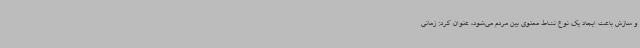
و سازش باعث ایجاد یک نوع نشاط معنوی بین مردم می‌شود، عنوان کرد: زمانی